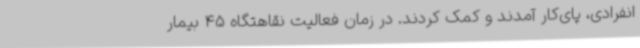
انفرادی، پای‌کار آمدند و کمک کردند. در زمان فعالیت نقاهتگاه 45 بیمار